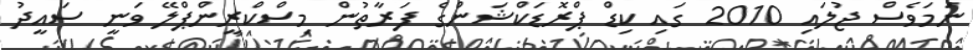
ނަމަވެސް ޖުލައި 2010 ގައި ކިޑް ޕްރޮޑަކްޝަންގެ ފަރާތުން މިސްކްރީންޕްލޭ ވަނީ ސައީދު